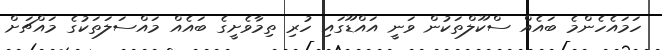
ހަމައެހެންމެ ބައެއް ސްކޫލްތަކުން ވަނީ އައްޑޫގައި ހުރި ތިމާވެށީގެ ބައެއް މައްސަލަތަކުގެ މައްޗަށް